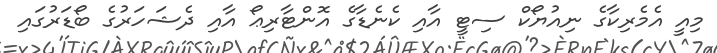
މިއީ އެމެރިކާގެ ނިއުޔޯކް ސިޓީ އާއި ކެނެޑާގެ އޮންޓާރިޢޯ އާއި ދެޝަހަރުގެ ބޯޑަރުގައި